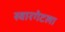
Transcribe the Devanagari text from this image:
स्वारगेटला